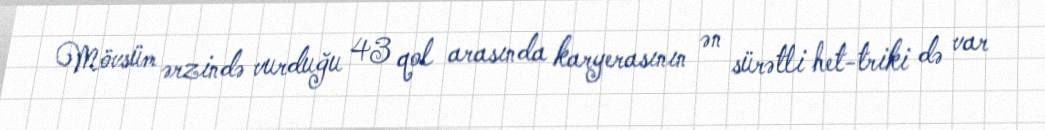
Mövsüm ərzində vurduğu 43 qol arasında karyerasının ən sürətli het-triki də var